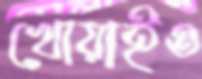
খোয়াইও